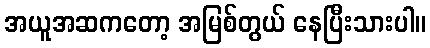
အယူအဆကတော့ အမြစ်တွယ် နေပြီးသားပါ။